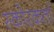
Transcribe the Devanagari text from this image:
स्कोरकर्ता